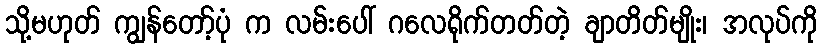
သို့မဟုတ် ကျွန်တော့်ပုံ က လမ်းပေါ် ဂလေရိုက်တတ်တဲ့ ချာတိတ်မျိုး၊ အလုပ်ကို